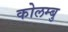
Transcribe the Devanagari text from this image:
कोलम्बु